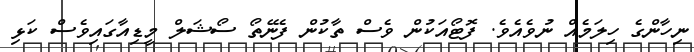
ނިހާންގެ ހިލަމެއް ނުވެއެވެ. ފޮޓޯއަކުން ވެސް ތާކުން ފެނޭތޯ ސޯޝަލް މީޑިއާގައިވެސް ކަޅި